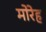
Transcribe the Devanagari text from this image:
मोरेह